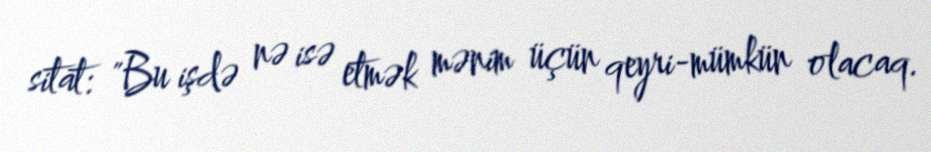
sitat: "Bu işdə nə isə etmək mənim üçün qeyri-mümkün olacaq.